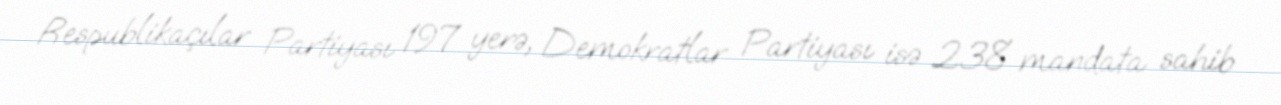
Respublikaçılar Partiyası 197 yerə, Demokratlar Partiyası isə 238 mandata sahib